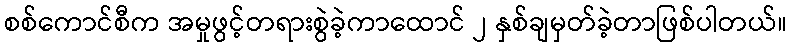
စစ်ကောင်စီက အမှုဖွင့်တရားစွဲခဲ့ကာထောင် ၂ နှစ်ချမှတ်ခဲ့တာဖြစ်ပါတယ်။